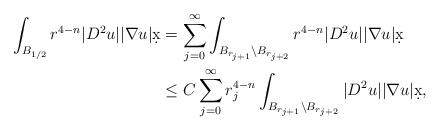
LaTeX: \begin{align*}\int_{B_{1/2}} r^{4-n} |D^2 u| |\nabla u| \d x &= \sum_{j = 0}^{\infty} \int_{B_{r_{j+1}} \setminus B_{r_{j+2}}} r^{4-n} |D^2 u| |\nabla u| \d x\\& \leq C \sum_{j = 0}^{\infty} r_j^{4-n} \int_{B_{r_{j+1}} \setminus B_{r_{j+2}}} |D^2 u| |\nabla u| \d x,\end{align*}